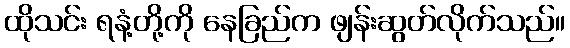
ထိုသင်း ရနံ့တို့ကို နေခြည်က ဖျန်းဆွတ်လိုက်သည်။